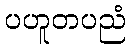
ပဟူတပညံ